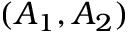
( A _ { 1 } , A _ { 2 } )